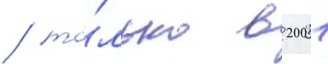
/ то́лько в 2001